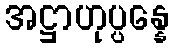
အဋ္ဌာဟုပ္ပန္နေ